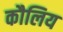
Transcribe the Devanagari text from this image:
कौलिय